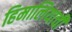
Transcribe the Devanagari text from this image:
हिमालियाची